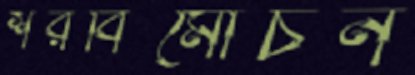
শরবিমোচন